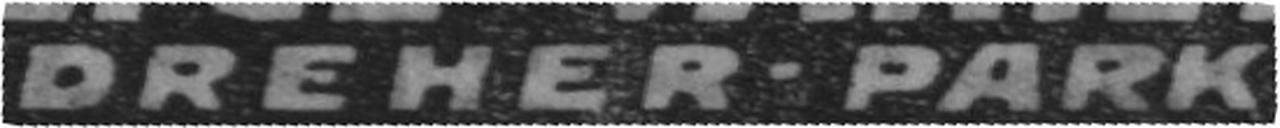
DREHER - PARK